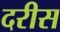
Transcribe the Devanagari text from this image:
दरीस